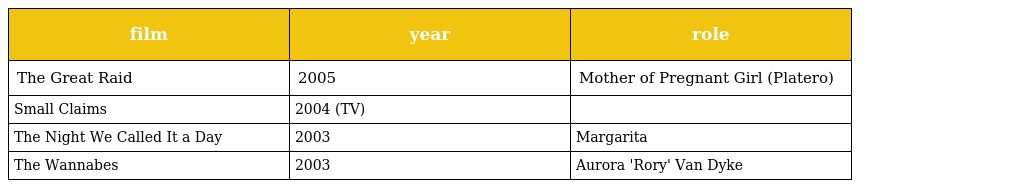
| film | year | role |
 | --- | --- | --- |
 | The Great Raid | 2005 | Mother of Pregnant Girl (Platero) |
 | Small Claims | 2004 (TV) |  |
 | The Night We Called It a Day | 2003 | Margarita |
 | The Wannabes | 2003 | Aurora 'Rory' Van Dyke |